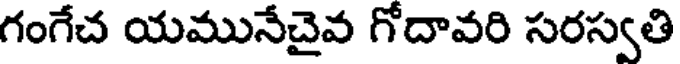
గంగేచ యమునేచైవ గోదావరి సరస్వతి